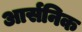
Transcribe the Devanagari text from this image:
आर्सनिक